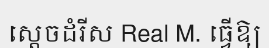
ស្តេចដំរីស Real M. ធ្វើឱ្យ